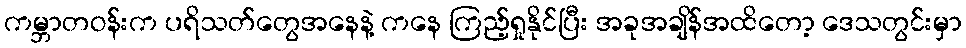
ကမ္ဘာတဝန်းက ပရိသတ်တွေအနေနဲ့ ကနေ ကြည့်ရှုနိုင်ပြီး အခုအချိန်အထိတော့ ဒေသတွင်းမှာ